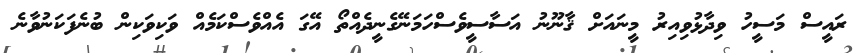
ރައީސް މަސީހު ވިދާޅުވިއިރު މީނައަށް ޤާނޫނު އަސާސީވެސްހަމަނޭގެނީދެއްތޯ އޭގަ އެއްވެސްކަމެއް ވަކިވަކިން ބުނެފަކަނުވާނެ